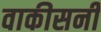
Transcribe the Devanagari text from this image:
वाकीसनी